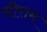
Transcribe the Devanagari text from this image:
सीराम